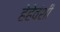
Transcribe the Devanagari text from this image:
हेहेवंशी